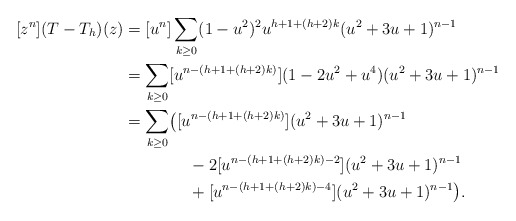
\begin{align*} [z^n](T-T_h)(z)&=[u^n]\sum_{k\ge 0}(1-u^2)^2u^{h+1+(h+2)k}(u^2+3u+1)^{n-1}\\ &=\sum_{k\ge 0}[u^{n-(h+1+(h+2)k)}] (1-2u^2+u^4)(u^2+3u+1)^{n-1}\\ &=\sum_{k\ge 0}\bigl([u^{n-(h+1+(h+2)k)}](u^2+3u+1)^{n-1} \\&\qquad\qquad- 2 [u^{n-(h+1+(h+2)k)-2}](u^2+3u+1)^{n-1} \\&\qquad\qquad+ [u^{n-(h+1+(h+2)k)-4}](u^2+3u+1)^{n-1}\bigr). \end{align*}